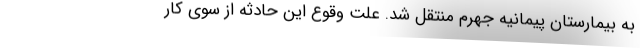
به بیمارستان پیمانیه جهرم منتقل شد. علت وقوع این حادثه از سوی کار